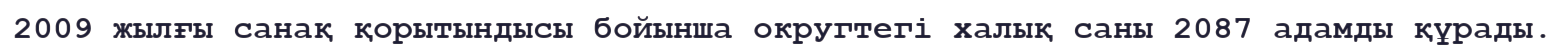
2009 жылғы санақ қорытындысы бойынша округтегі халық саны 2087 адамды құрады.